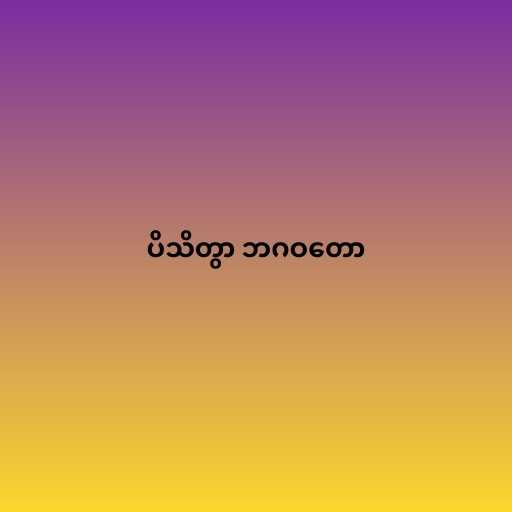
ပိသိတွာ ဘဂဝတော